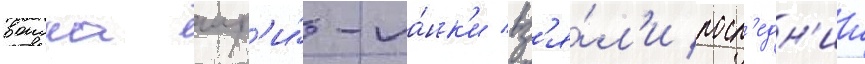
воиска шр'и́-ла́нк'и вз'я́л'и посл'едн'ии